DOW-UAP-D16, Mission Report, Syria, July 2022
Agency: Department of War
Incident date: 7/31/22
Incident location: Syria
Page 4
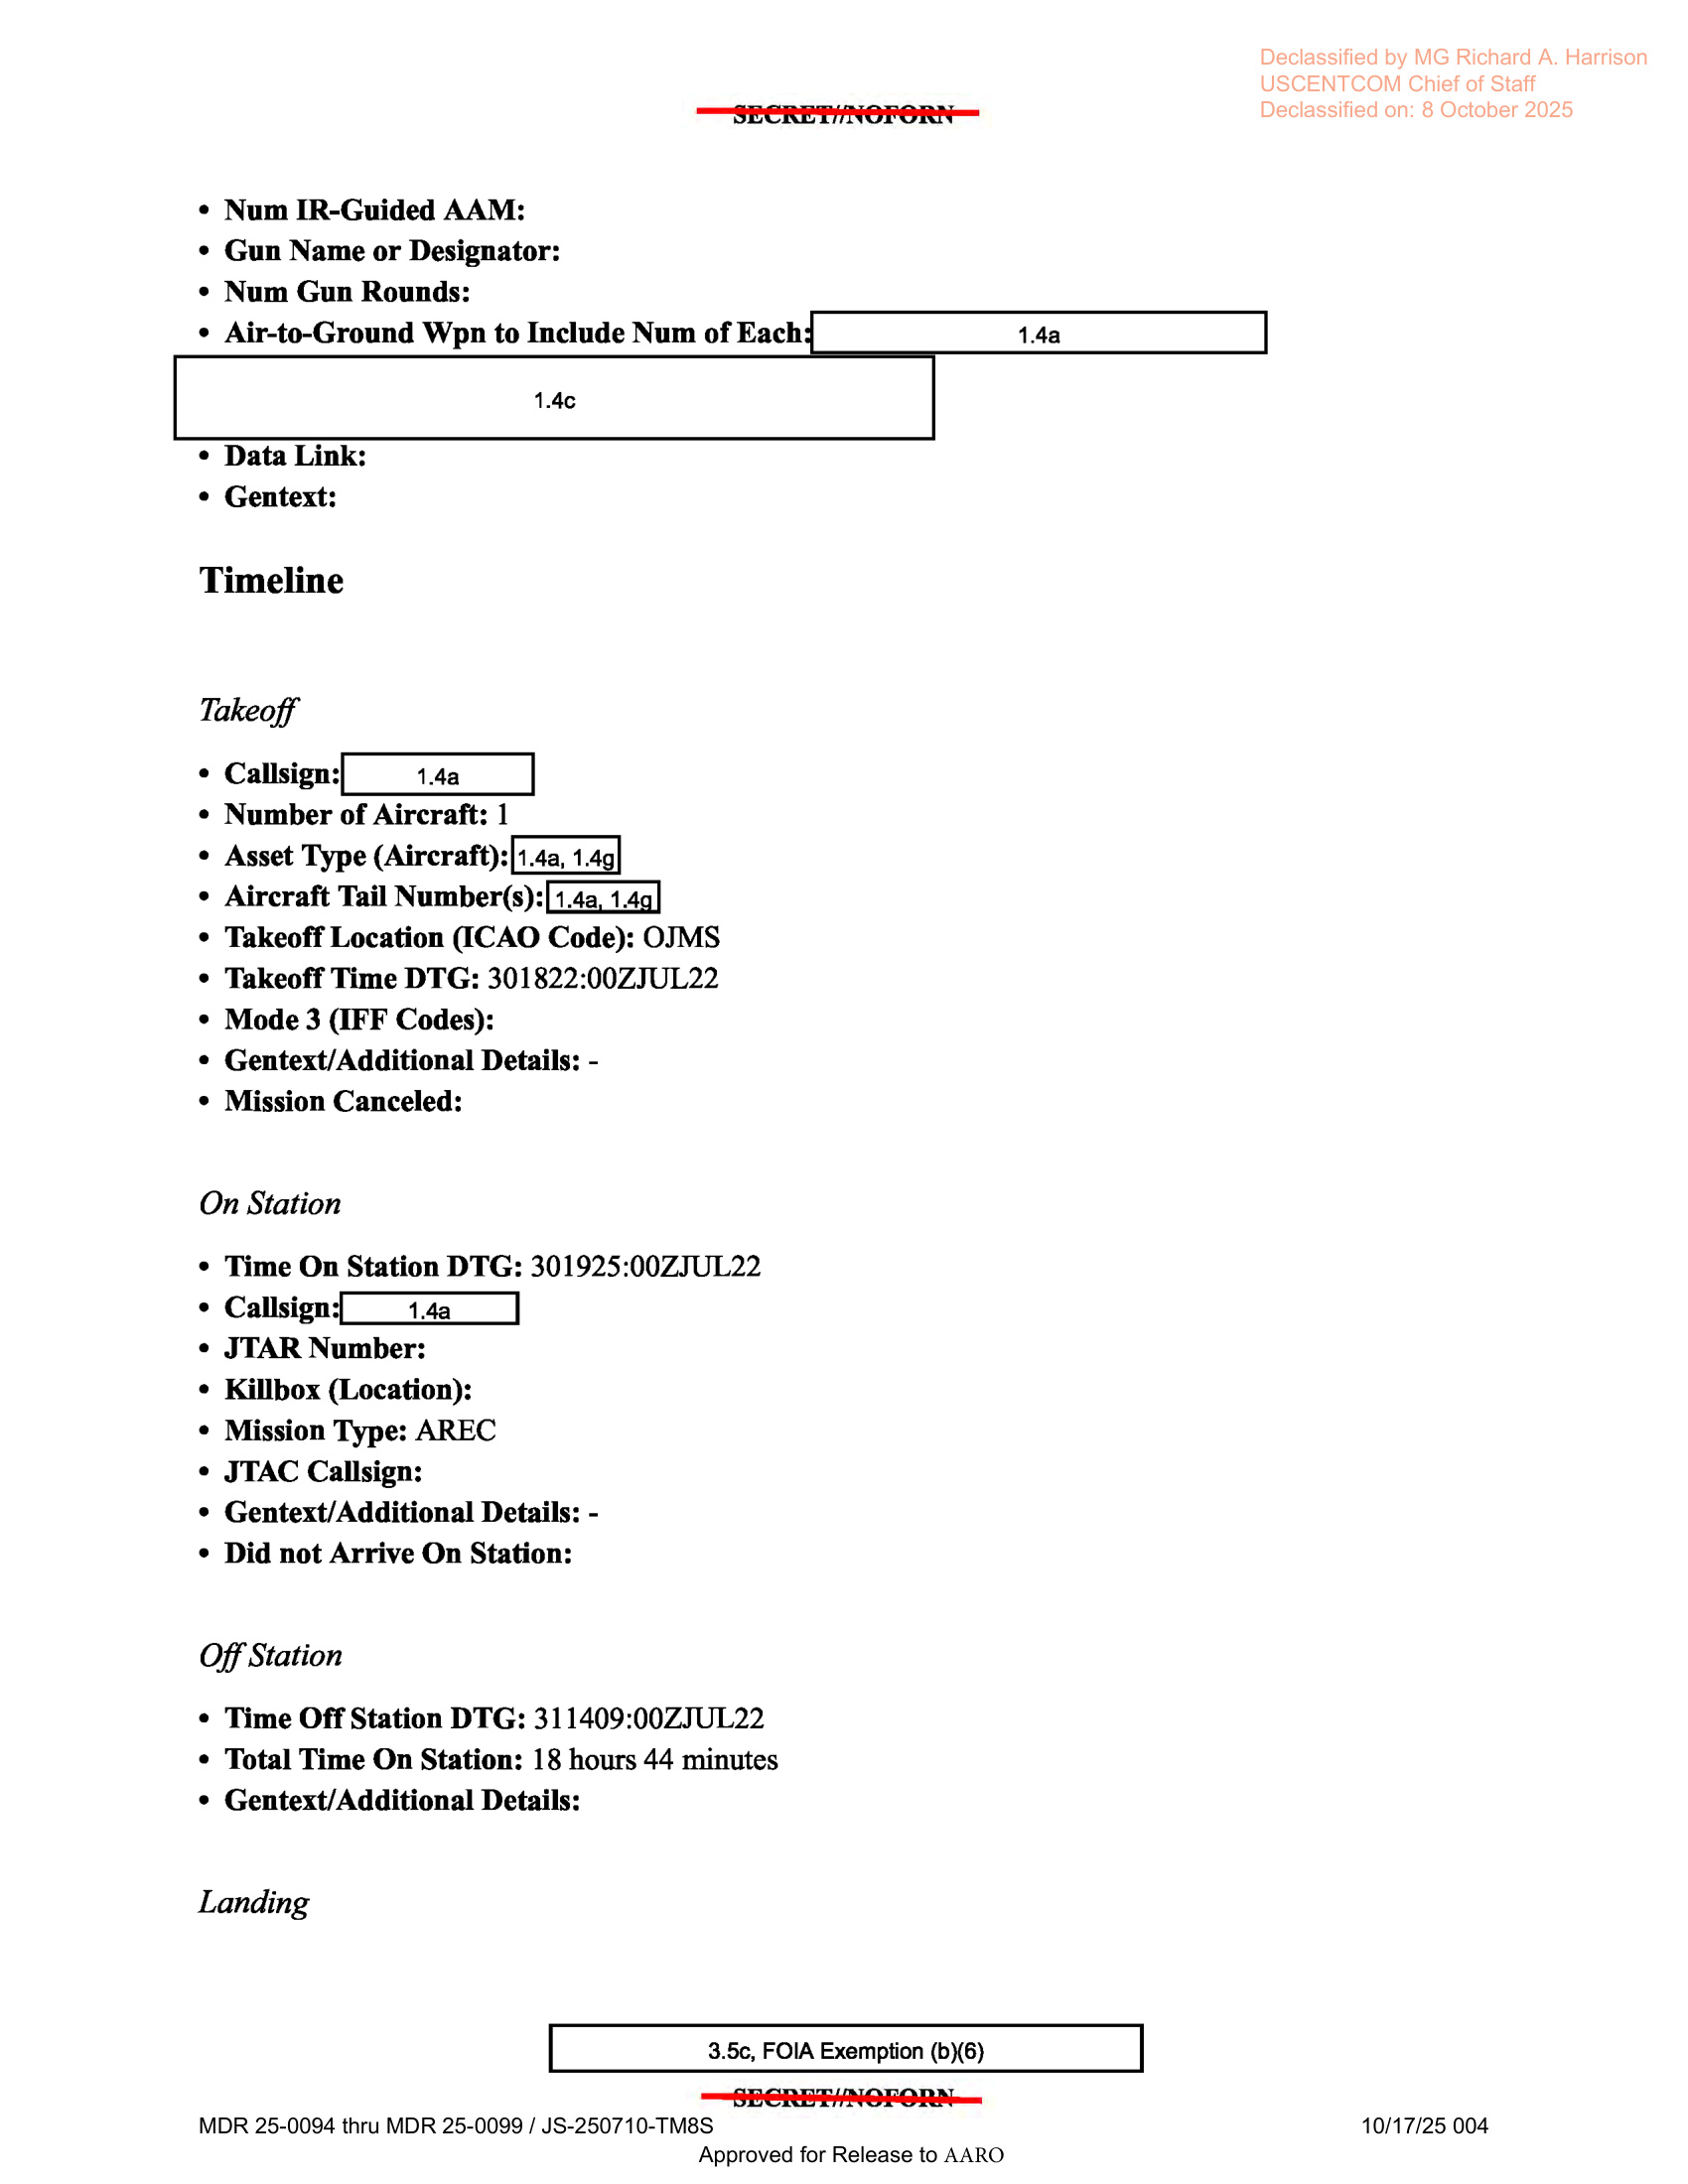